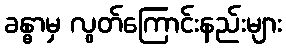
ခန္ဓာမှ လွတ်ကြောင်းနည်းများ